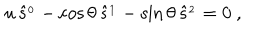
u \, \hat { s } ^ { _ 0 } - \cos \theta \, \hat { s } ^ { _ 1 } - \sin \theta \, \hat { s } ^ { _ 2 } = 0 \ ,